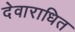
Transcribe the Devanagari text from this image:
देवाराधित